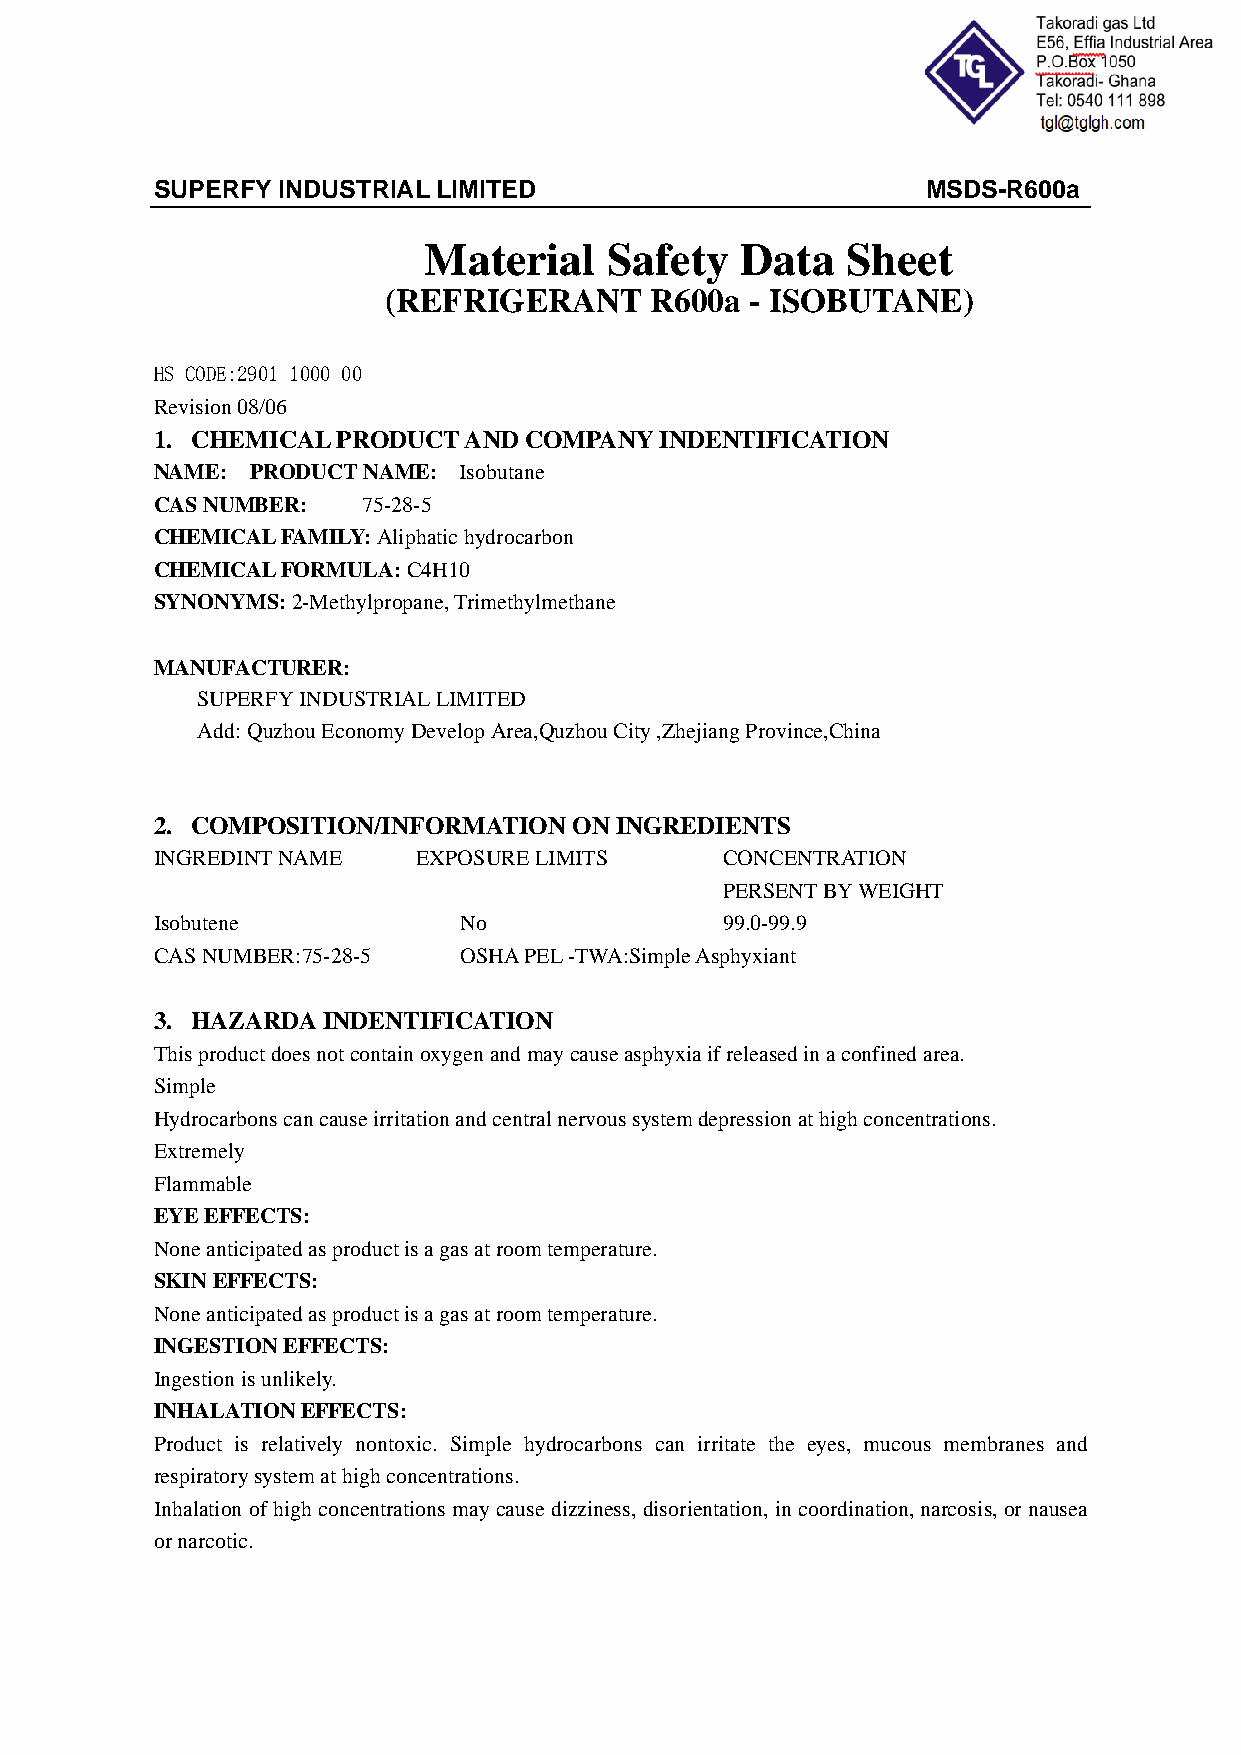
SUPERFY INDUSTRIAL LIMITED                         MSDS-R600a
 Material    Safety   Data   Sheet
 ( REFRIGERANT     R600a  - ISOBUTANE)
 HS CODE:2901 1000 00
 Revision 08/06
 1. CHEMICAL PRODUCT  AND COMPANY  INDENTIFICATION
 NAME:  PRODUCT NAME: Isobutane
 CAS NUMBER:   75-28-5
 CHEMICAL FAMILY: Aliphatic hydrocarbon
 CHEMICAL FORMULA: C4H10
 SYNONYMS: 2-Methylpropane, Trimethylmethane
 MANUFACTURER:
 SUPERFY INDUSTRIAL LIMITED
 Add: Quzhou Economy Develop Area,Quzhou City ,Zhejiang Province,China
 2. COMPOSITION/INFORMATION  ON INGREDIENTS
 INGREDINT NAME    EXPOSURE LIMITS     CONCENTRATION
 P   ERSENT BY WEIGHT
 Isobutene         N  o             9   9.0-99.9
 CAS NUMBER:75-28-5  OSHA PEL -TWA:Simple Asphyxiant
 3. HAZARDA INDENTIFICATION
 This product does not contain oxygen and may cause asphyxia if released in a confined area.
 Simple
 Hydrocarbons can cause irritation and central nervous system depression at high concentrations.
 Extremely
 Flammable
 EYE EFFECTS:
 None anticipated as product is a gas at room temperature.
 SKIN EFFECTS:
 None anticipated as product is a gas at room temperature.
 INGESTION EFFECTS:
 Ingestion is unlikely.
 INHALATION EFFECTS:
 Product is relatively nontoxic. Simple hydrocarbons can irritate the eyes, mucous membranes and
 respiratory system at high concentrations.
 Inhalation of high concentrations may cause dizziness, disorientation, in coordination, narcosis, or nausea
 or narcotic.